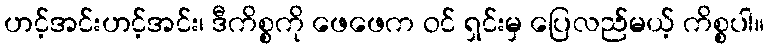
ဟင့်အင်းဟင့်အင်း၊ ဒီကိစ္စကို ဖေဖေက ဝင် ရှင်းမှ ပြေလည်မယ့် ကိစ္စပါ။